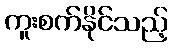
ကူးစက်နိုင်သည့်